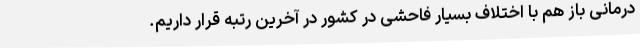
درمانی باز هم با اختلاف بسیار فاحشی در کشور در آخرین رتبه قرار داریم.